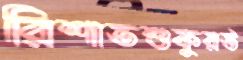
রিশাতশুকুরউ